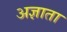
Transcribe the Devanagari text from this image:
अज्ञाता